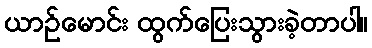
ယာဉ်မောင်း ထွက်ပြေးသွားခဲ့တာပါ။